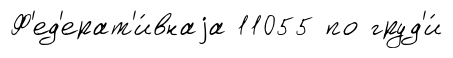
Ф'ед'ерат'и́внаjа 11055 по груд'и́